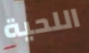
اللحية